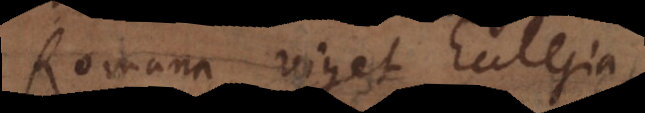
Romana viget Ecclesia,